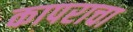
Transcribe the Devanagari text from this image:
कापराचा